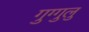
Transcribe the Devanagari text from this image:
गुग्गुलु